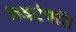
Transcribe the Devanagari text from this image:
नवदंपति